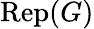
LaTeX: {\mathrm{Rep}}(G)